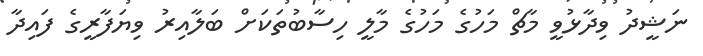
ނަޝީދު ވިދާޅުވީ މާޗް މަހުގެ މަހުގެ މާލީ ހިސާބުތަކަށް ބަލާއިރު ވިޔަފާރީގެ ފައިދާ